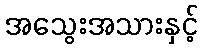
အသွေးအသားနှင့်